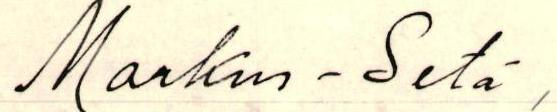
Markus-Setä,